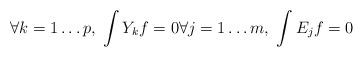
LaTeX: \begin{align*} \forall k=1\ldots p,\;\int Y_kf=0\forall j=1\ldots m,\; \int E_j f=0\end{align*}